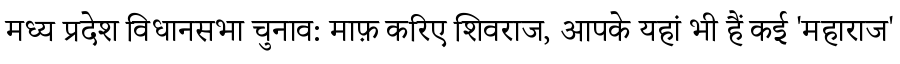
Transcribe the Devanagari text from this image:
मध्य प्रदेश विधानसभा चुनाव: माफ़ करिए शिवराज, आपके यहां भी हैं कई 'महाराज'